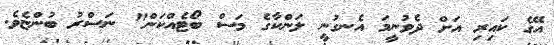
އޭގެ ކައިރި އަށް ދެވުނީމަ އެނގުނީ ލަންކާގެ މަސް ބޯޓެއްކަން" ނަސްރު ބުންޏެވެ.